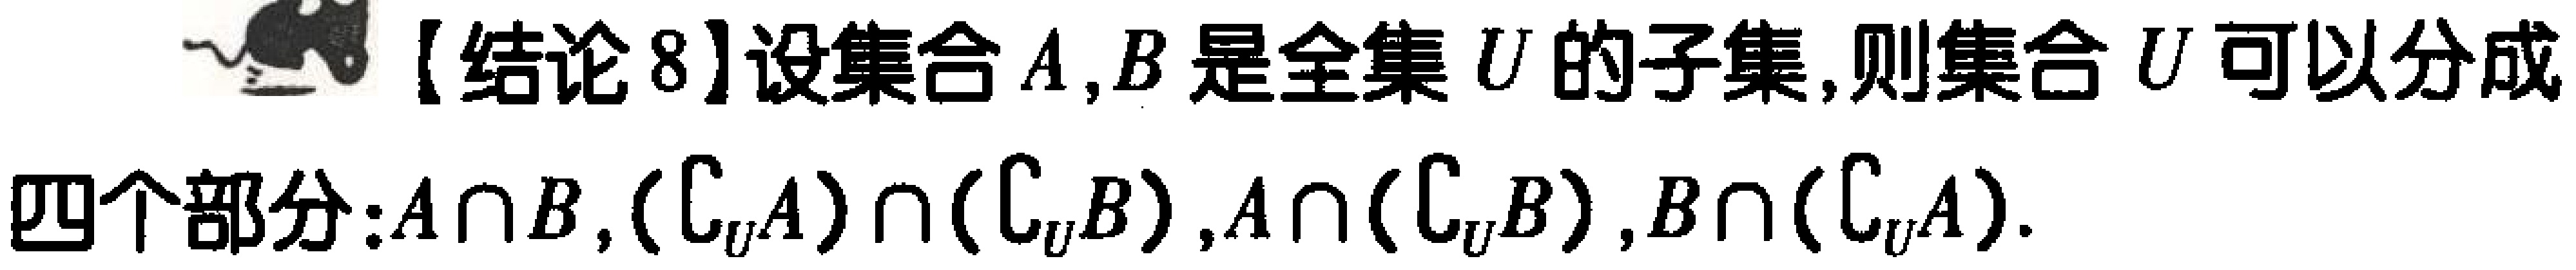
【结论8】设集合\(A,B\)是全集\(U\)的子集,则集合\(U\)可以分成四个部分:\(A\cap B,(\complement_U A)\cap(\complement_U B),A\cap(\complement_U B),B\cap(\complement_U A)\).